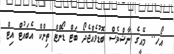
އޯހ.. މޭއީގެ ނާޝްވެސް ބޮޑުވެއްޖެދޯ ބަޓް ޑޯންޓް ތިންކް އެބައުޓް އިޓް